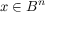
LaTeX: x \in B ^ { n }